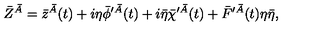
\bar { Z } ^ { \bar { A } } = \bar { z } ^ { \bar { A } } ( t ) + i \eta \bar { \phi } ^ { \prime \bar { A } } ( t ) + i \bar { \eta } \bar { \chi } ^ { \prime \bar { A } } ( t ) + \bar { F } ^ { \prime \bar { A } } ( t ) \eta \bar { \eta } ,